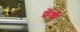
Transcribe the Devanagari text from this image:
प्रेषों